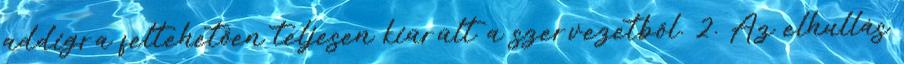
addigra feltehetően teljesen kiürült a szervezetből. 2. Az elhullás